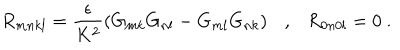
R _ { m n k l } = \frac { \epsilon } { K ^ { 2 } } \left( G _ { m k } G _ { n l } - G _ { m l } G _ { n k } \right) \ \ \ , \ \ \ R _ { 0 n 0 l } = 0 \ .